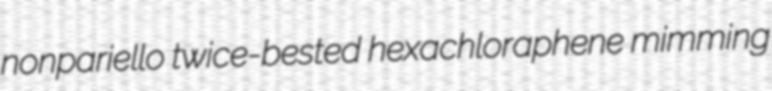
nonpariello twice-bested hexachloraphene mimming